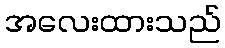
အလေးထားသည်